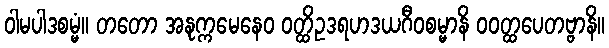
ဝါမပါဒစမ္မံ။ တတော အနုက္ကမေနေဝ ဝတ္ထိဥဒရဟဒယဂီဝစမ္မာနိ ဝဝတ္ထပေတဗ္ဗာနိ။